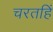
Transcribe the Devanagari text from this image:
चरतहिं